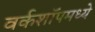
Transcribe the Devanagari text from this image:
वर्कशॉपमध्ये